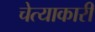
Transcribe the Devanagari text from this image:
चेत्याकारी